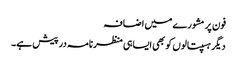
فون پر مشورے میں اضافہ
دیگر ہسپتالوں کو بھی ایسا ہی منظرنامہ درپیش ہے۔